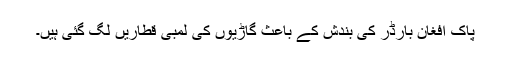
پاک افغان بارڈر کی بندش کے باعث گاڑیوں کی لمبی قطاریں لگ گئی ہیں۔